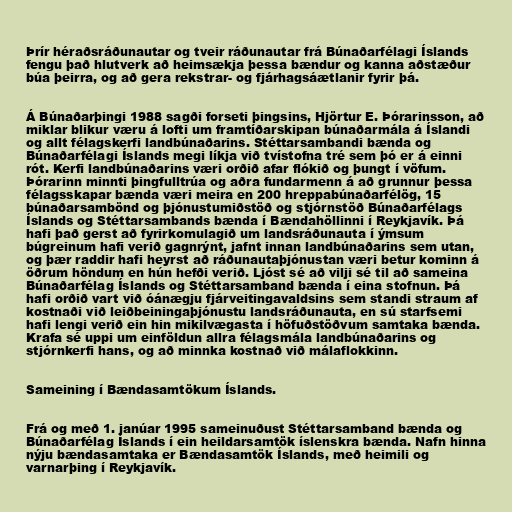
Þrír héraðsráðunautar og tveir ráðunautar frá Búnaðarfélagi Íslands
fengu það hlutverk að heimsækja þessa bændur og kanna aðstæður
búa þeirra, og að gera rekstrar- og fjárhagsáætlanir fyrir þá.

Á Búnaðarþingi 1988 sagði forseti þingsins, Hjörtur E. Þórarinsson, að
miklar blikur væru á lofti um framtíðarskipan búnaðarmála á Íslandi
og allt félagskerfi landbúnaðarins. Stéttarsambandi bænda og
Búnaðarfélagi Íslands megi líkja við tvístofna tré sem þó er á einni
rót. Kerfi landbúnaðarins væri orðið afar flókið og þungt í vöfum.
Þórarinn minnti þingfulltrúa og aðra fundarmenn á að grunnur þessa
félagsskapar bænda væri meira en 200 hreppabúnaðarfélög, 15
búnaðarsambönd og þjónustumiðstöð og stjórnstöð Búnaðarfélags
Íslands og Stéttarsambands bænda í Bændahöllinni í Reykjavík. Þá
hafi það gerst að fyrirkomulagið um landsráðunauta í ýmsum
búgreinum hafi verið gagnrýnt, jafnt innan landbúnaðarins sem utan,
og þær raddir hafi heyrst að ráðunautaþjónustan væri betur kominn á
öðrum höndum en hún hefði verið. Ljóst sé að vilji sé til að sameina
Búnaðarfélag Íslands og Stéttarsamband bænda í eina stofnun. Þá
hafi orðið vart við óánægju fjárveitingavaldsins sem standi straum af
kostnaði við leiðbeiningaþjónustu landsráðunauta, en sú starfsemi
hafi lengi verið ein hin mikilvægasta í höfuðstöðvum samtaka bænda.
Krafa sé uppi um einföldun allra félagsmála landbúnaðarins og
stjórnkerfi hans, og að minnka kostnað við málaflokkinn.

Sameining í Bændasamtökum Íslands.

Frá og með 1. janúar 1995 sameinuðust Stéttarsamband bænda og
Búnaðarfélag Íslands í ein heildarsamtök íslenskra bænda. Nafn hinna
nýju bændasamtaka er Bændasamtök Íslands, með heimili og
varnarþing í Reykjavík.